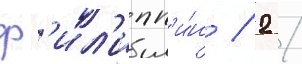
ф'ил'ипп'и́н / 2 /